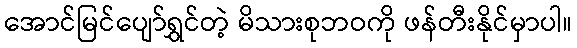
အောင်မြင်ပျော်ရွှင်တဲ့ မိသားစုဘဝကို ဖန်တီးနိုင်မှာပါ။